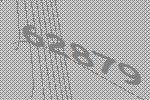
62879